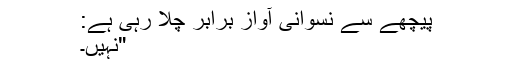
پیچھے سے نسوانی آواز برابر چلا رہی ہے:
"نہیں۔